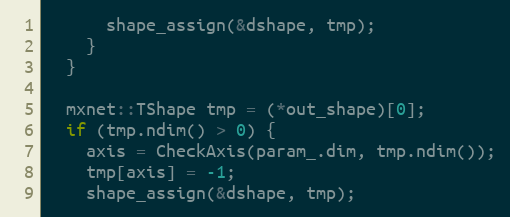
Language: C++
      shape_assign(&dshape, tmp);
    }
  }

  mxnet::TShape tmp = (*out_shape)[0];
  if (tmp.ndim() > 0) {
    axis = CheckAxis(param_.dim, tmp.ndim());
    tmp[axis] = -1;
    shape_assign(&dshape, tmp);